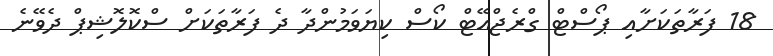
18 ފަރާތަކަށާއި ޕޯސްޓް ގްރެޖްއޭޓް ކޯސް ކިޔަވަމުންދާ ދެ ފަރާތަކަށް ސްކޮލޮޝިޕް ދެވޭނެ